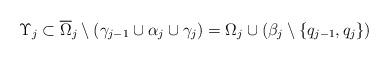
LaTeX: \begin{align*}\Upsilon_j\subset\overline\Omega_j\setminus (\gamma_{j-1}\cup\alpha_j\cup\gamma_j )= \Omega_j\cup(\beta_j\setminus\{q_{j-1},q_j\})\end{align*}